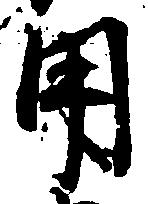
用